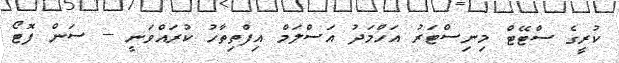
ކުރީގެ ސްޓޭޓް މިނިސްޓަރު އަހްމަދު އަސްލަމް އިފްތިތާހު ކުރައްވަނީ -- ސަން ފޮޓޯ